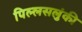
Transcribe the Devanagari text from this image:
पिल्लसलुंकी